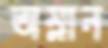
অম্লান